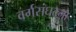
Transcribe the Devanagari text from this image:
वर्गसंघटना